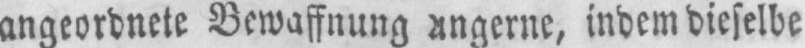
indem dieselbe